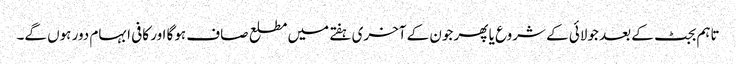
تاہم بجٹ کے بعد جولائی کے شروع یا پھر جون کے آخری ہفتے میں مطلع صاف ہوگا اور کافی ابہام دور ہوں گے۔